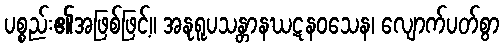
ပစ္စည်း၏အဖြစ်ဖြင့်။ အနုရူပသန္တာနဃဋနဝသေန၊ လျောက်ပတ်စွာ